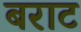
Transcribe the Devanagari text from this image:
बराट